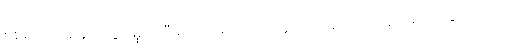
စစ်မက်တစ်ခုဖြစ်ပွားမှုအပြီးမှာ အမျိုးသားတွေအနေနဲ့ ဘာတွေ ဖြစ်လာနိုင်သလဲ။